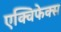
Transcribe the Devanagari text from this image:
एक्विफेक्स